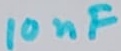
Text: 10nF